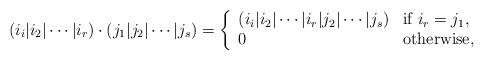
LaTeX: \begin{align*}(i_i|i_2|\cdots|i_r)\cdot (j_1|j_2|\cdots|j_s)=\left\{\begin{array}{ll}(i_i|i_2|\cdots|i_r|j_2|\cdots|j_s) & \textrm{if $i_r=j_1$,}\\0 & \textrm{otherwise,}\end{array}\right.\end{align*}